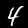
Digit: 4